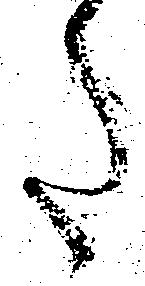
た